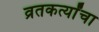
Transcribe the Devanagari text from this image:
व्रतकर्त्यांचा